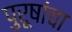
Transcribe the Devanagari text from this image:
पुरूषांचा